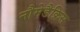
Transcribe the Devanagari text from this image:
नौमेडैक्रिस